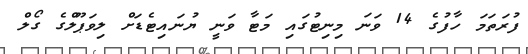
ފުރަތަމަ ހާފުގެ 14 ވަނަ މިނިޓުގައި މަޓާ ވަނީ ޔުނައިޓެޑަށް ލިވަޕޫލްގެ ގޯލް